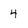
Character: 4